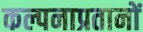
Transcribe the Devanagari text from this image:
कल्पनाप्रतानों